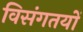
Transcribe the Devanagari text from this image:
विसंगतयों